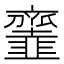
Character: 𩐓